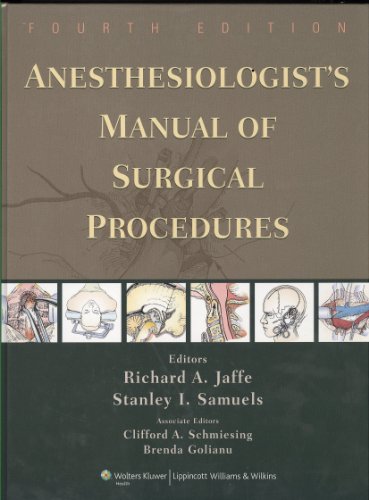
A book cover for Anesthesiologist's Manual of Surgical Procedures; Medical Books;